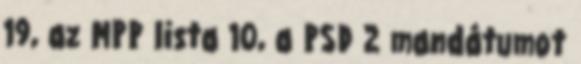
19, az MPP lista 10, a PSD 2 mandátumot